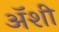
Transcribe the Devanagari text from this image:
अॅशी